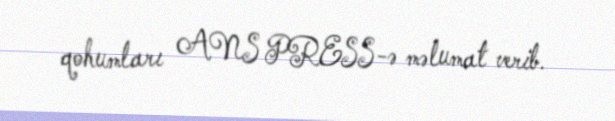
qohumları ANS PRESS-ə məlumat verib.